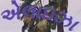
એલાઇઝા